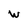
Character: w